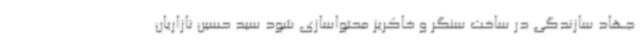
جهاد سازندگی در ساخت سنگر و خاکریز محتواسازی شود سید حسین نازاریان